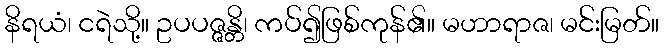
နိရယံ၊ ငရဲသို့။ ဥပပဇ္ဇန္တိ၊ ကပ်၍ဖြစ်ကုန်၏။ မဟာရာဇ၊ မင်းမြတ်။